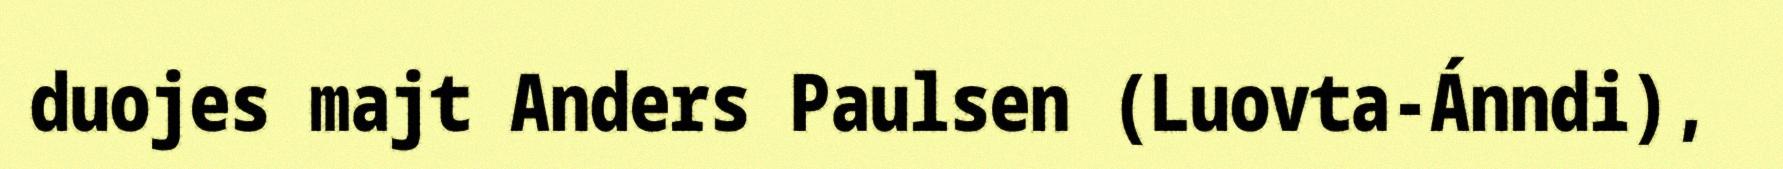
duojes majt Anders Paulsen (Luovta-Ánndi),